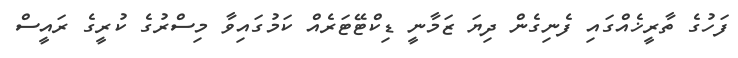
ފަހުގެ ތާރީޚެއްގައި ފެނިގެން ދިޔަ ޒަމާނީ ޑިކްޓޭޓަރެއް ކަމުގައިވާ މިސްރުގެ ކުރީގެ ރައީސް